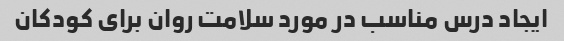
ایجاد درس مناسب در مورد سلامت روان برای کودکان